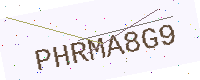
Text: PHRMA8G9